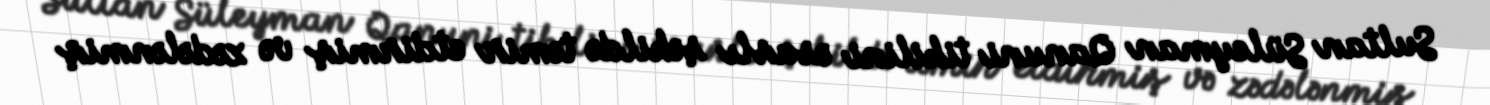
Sultan Süleyman Qanuni tikilini əsaslı şəkildə təmir etdirmiş və zədələnmiş